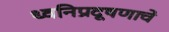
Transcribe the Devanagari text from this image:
ध्वनिप्रदूषणाचे